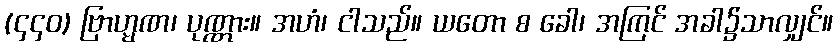
(၄၄၀) ဗြာဟ္မဏ၊ ပုဏ္ဏား။ အဟံ၊ ငါသည်။ ယတော စ ခေါ၊ အကြင် အခါ၌သာလျှင်။